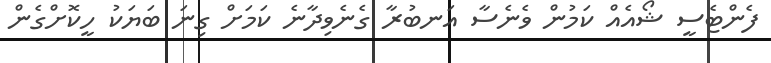
ފެންޓެސީ ޝޯއެއް ކަމުން ވެނެސާ އަނބުރާ ގެނެވިދާނެ ކަމަށް ގިނަ ބަޔަކު ހީކޮށްގެން